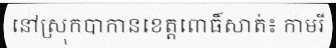
នៅស្រុកបាកានខេត្តពោធិ៍សាត់៖ កាមរី